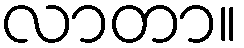
လာတာ။